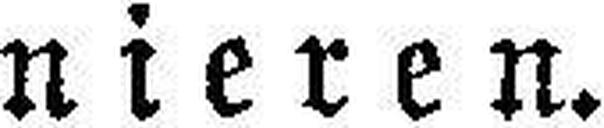
nieren.